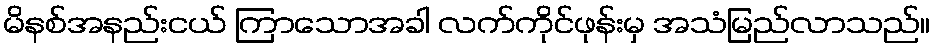
မိနစ်အနည်းငယ် ကြာသောအခါ လက်ကိုင်ဖုန်းမှ အသံမြည်လာသည်။